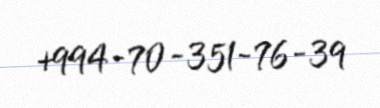
+994-70-351-76-39